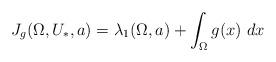
LaTeX: \begin{align*} J_g(\Omega,U_*,a) = \lambda_1(\Omega,a) + \int_{\Omega} g(x) \ dx \end{align*}